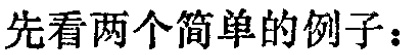
先看两个简单的例子：